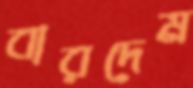
বারদেম